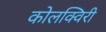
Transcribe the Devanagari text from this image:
कोलक्विरी